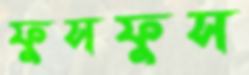
ফুসফুস